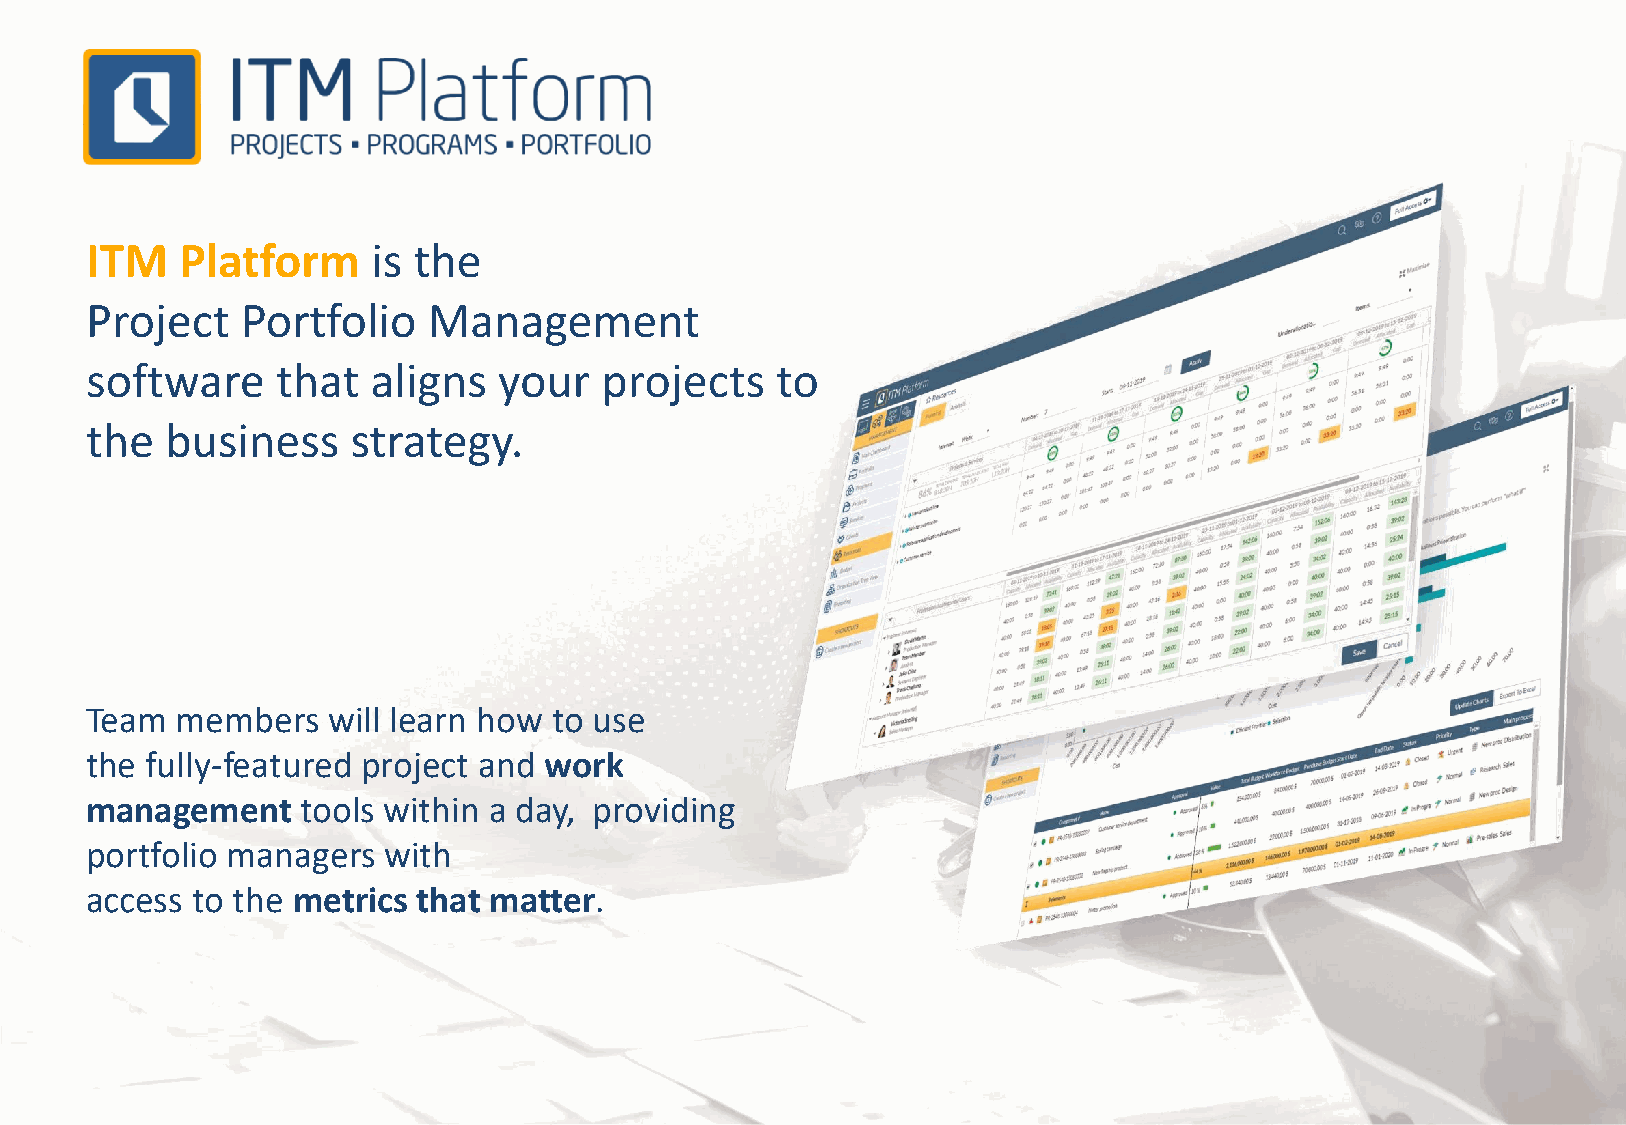
ITM   Platform     is the
 Project   Portfolio   Management
 software    that   aligns  your   projects   to
 the  business    strategy.
 Team  members   will learn how to use
 the fully-featured project and work
 management    tools within a day, providing
 portfolio managers with
 access to the metrics that matter.